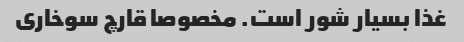
غذا بسیار شور است. مخصوصا قارچ سوخاری